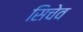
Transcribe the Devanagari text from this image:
सिचेव